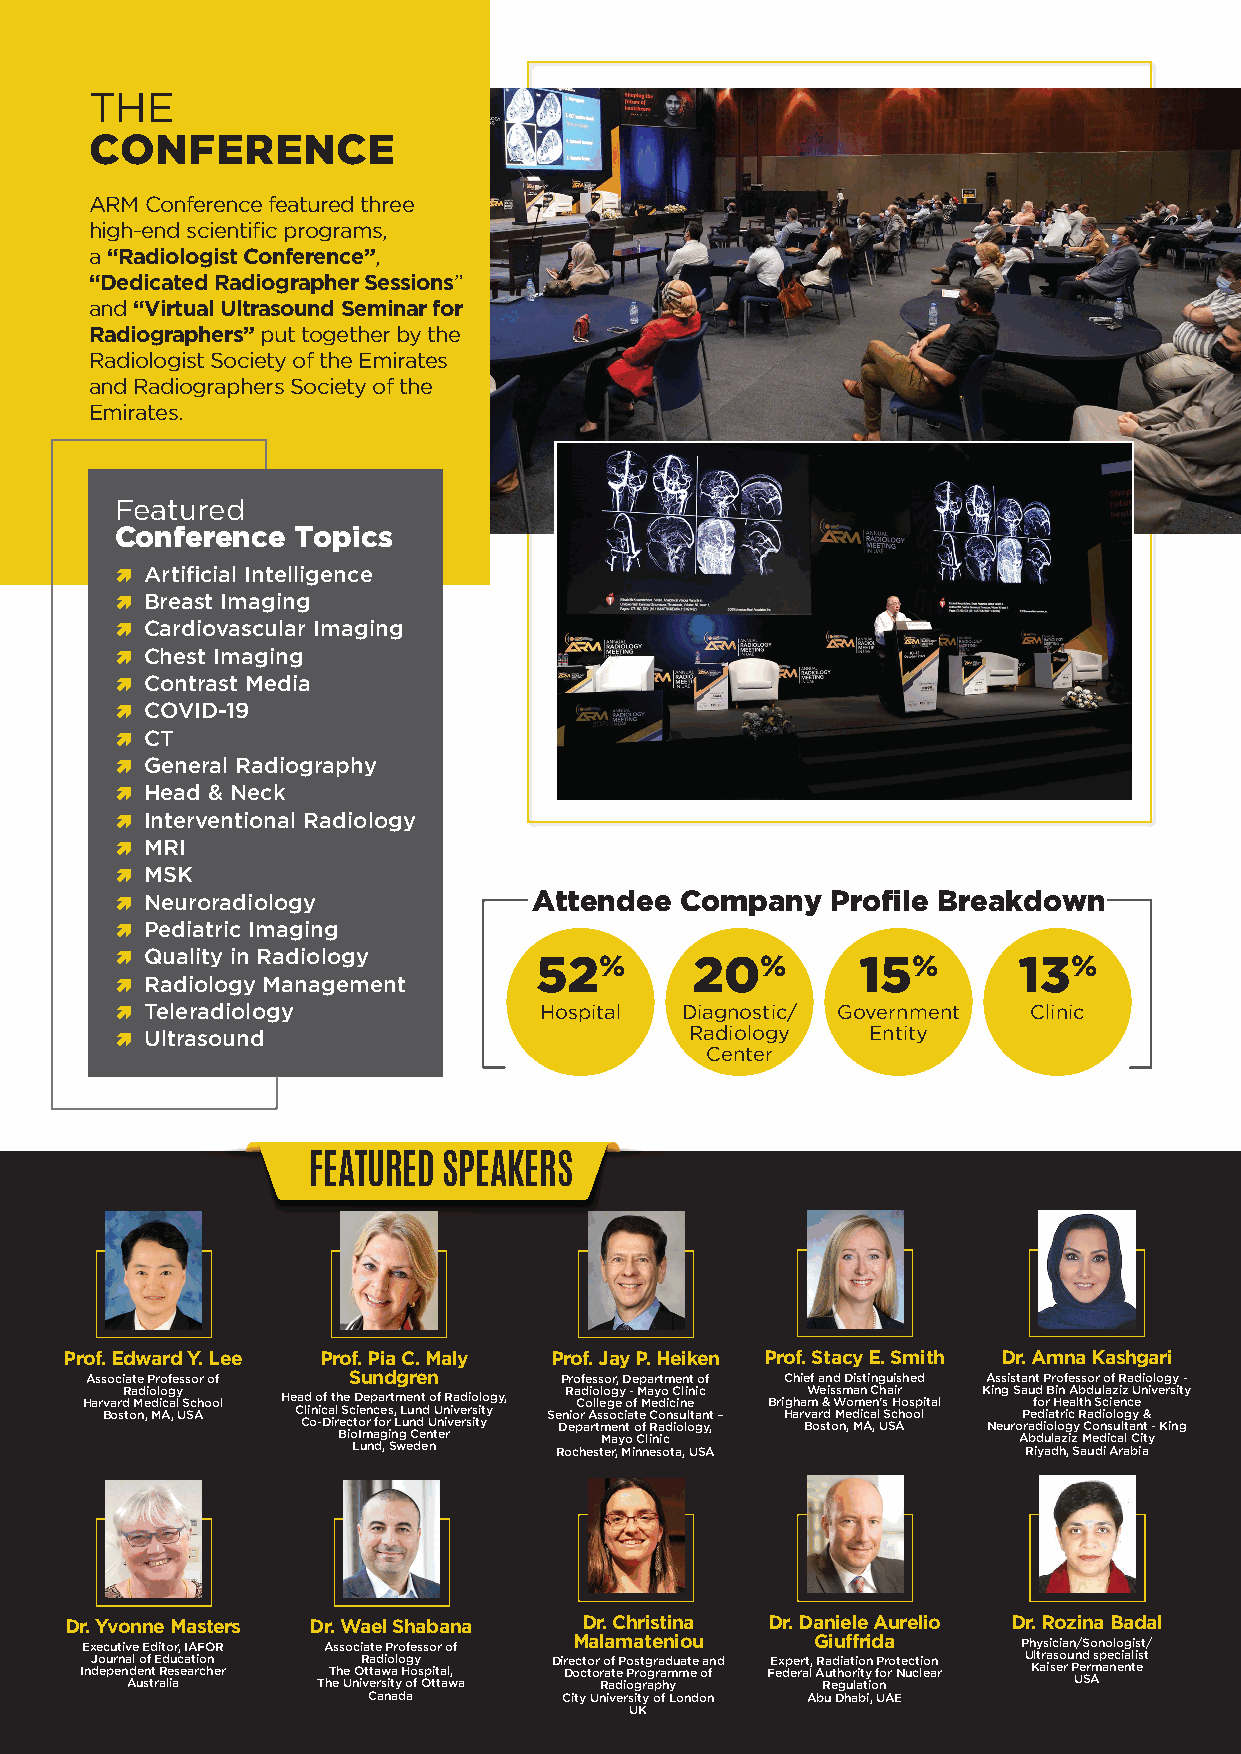
THE
 CONFERENCE
 ARM Conference featured three
 high-end scientific programs,
 a “Radiologist Conference”,
 “Dedicated Radiographer Sessions”
 and “Virtual Ultrasound Seminar for
 Radiographers” put together by the
 Radiologist Society of the Emirates
 and Radiographers Society of the
 Emirates.
 Featured
 Conference Topics
  Artificial Intelligence
  Breast Imaging
  Cardiovascular Imaging
  Chest Imaging
  Contrast Media
  COVID-19
  CT
  General Radiography
  Head & Neck
  Interventional Radiology
  MRI
  MSK
 Attendee  Company   Profile Breakdown
  Neuroradiology
  Pediatric Imaging
  Quality in Radiology     52%        20%        15%       13%
  Radiology Management
  Teleradiology             Hospital Diagnostic/ Government Clinic
  Ultrasound                          Radiology  Entity
 Center
 FEATURED SPEAKERS
 Prof. Edward Y. Lee Prof. Pia C. Maly Prof. Jay P. Heiken Prof. Stacy E. Smith Dr. Amna Kashgari
 Associate Professor of Sundgren Professor, Department of Chief and Distinguished Assistant Professor of Radiology -
 Radiology                    Radiology - Mayo Clinic Weissman Chair King Saud Bin Abdulaziz University
 Harvard Medical School Head of the Department of Radiology, College of Medicine Brigham & Women’s Hospital for Health Science
 Boston, MA, USA Clinical Sciences, Lund University Senior Associate Consultant – Harvard Medical School Pediatric Radiology &
 Co-Director for Lund University Department of Radiology, Boston, MA, USA Neuroradiology Consultant - King
 BioImaging Center Mayo Clinic                Abdulaziz Medical City
 Lund, Sweden  Rochester, Minnesota, USA      Riyadh, Saudi Arabia
 Dr. Yvonne Masters Dr. Wael Shabana Dr. Christina Dr. Daniele Aurelio Dr. Rozina Badal
 Executive Editor, IAFOR Associate Professor of Malamateniou Giuffrida Physician/Sonologist/
 IndJo eu pr en na Adl ueo snf
 t
 t rE aRd le iu asc ea at rio chn er ThT eh Ue nO iR vt eta ad rw si io ta yl o H og o fy s Op tit ta al w,
 a
 Di Dre oc cto tor
 R
 ro a af t
 d
 eP ioPo grs ot rg agr pra a hd m yu mat ee oa fn d FE ex dp ee rr at l, AR Rua ed th gia o ut r li aio t tyn
 io
 fP nor ro Nte uc ct li eo an r U Klt ar ia ss eo ru P Un ed Sr Amsp ae nc ei na tli est
 Canada       City University of London Abu Dhabi, UAE
 UK